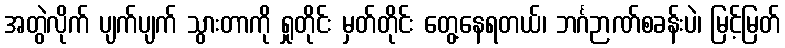
အတွဲလိုက် ပျက်ပျက် သွားတာကို ရှုတိုင်း မှတ်တိုင်း တွေ့နေရတယ်၊ ဘင်္ဂဉာဏ်စခန်းပဲ၊ မြင့်မြတ်